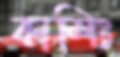
কাশিং